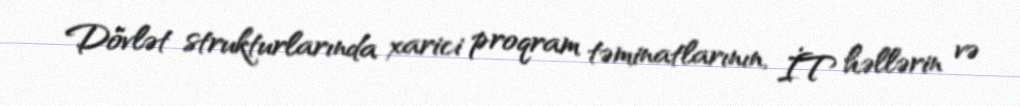
Dövlət strukturlarında xarici proqram təminatlarının, İT həllərin və